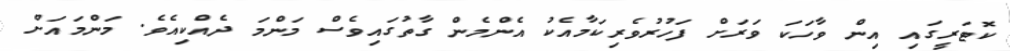
ކޮޓަރީގައި އިން ވާހަކަ ވަރަށް ފަހުރުވެރިކަމާއެކު އެންމެން ގާތުގައިވެސް މަންމަ ދެއްކިއެވެ. މަންމައަށް